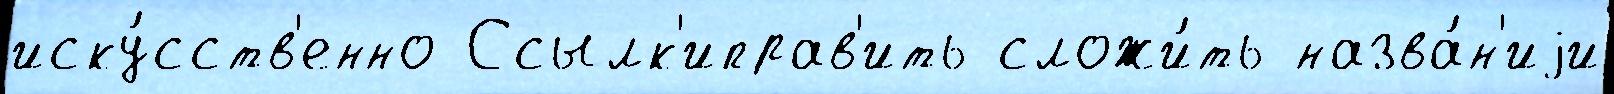
иску́сств'енно Ссылк'иправ'ить сложи́ть назва́н'иjи